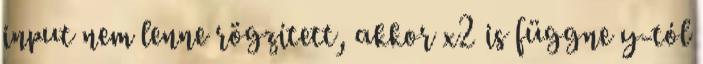
input nem lenne rögzített, akkor x2 is függne y-tól